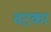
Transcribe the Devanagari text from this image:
वटकर